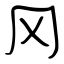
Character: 冈